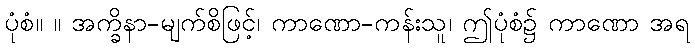
ပုံစံ။ ။ အက္ခိနာ-မျက်စိဖြင့်၊ ကာဏော-ကန်းသူ၊ ဤပုံစံ၌ ကာဏော အရ